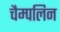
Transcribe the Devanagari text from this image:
चैम्पलिन